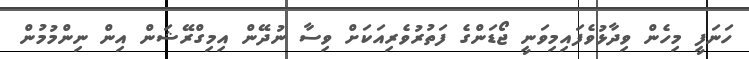
ހަނަފީ މިހެން ވިދާޅުވެފައިމިވަނީ ޖޯޑަންގެ ފަތުރުވެރިއަކަށް ވިސާ ނުދޭން އިމިގްރޭޝަން އިން ނިންމުމުން